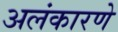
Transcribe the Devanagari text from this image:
अलंकारणे